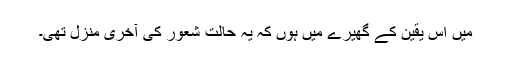
میں اس یقین کے گھیرے میں ہوں کہ یہ حالت شعور کی آخری منزل تھی۔